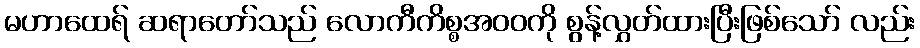
မဟာထေရ် ဆရာတော်သည် လောကီကိစ္စအဝဝကို စွန့်လွှတ်ထားပြီးဖြစ်သော် လည်း